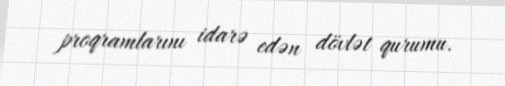
proqramlarını idarə edən dövlət qurumu.